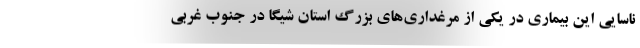
ناسایی این بیماری در یکی از مرغداری‌های بزرگ استان شیگا در جنوب غربی